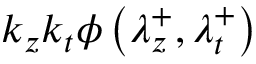
k _ { z } k _ { t } \phi \left( \lambda _ { z } ^ { + } , \lambda _ { t } ^ { + } \right)